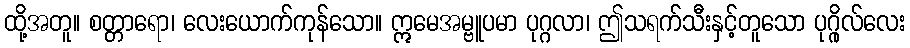
ထို့အတူ။ စတ္တာရော၊ လေးယောက်ကုန်သော။ ဣမေအမ္ဗူပမာ ပုဂ္ဂလာ၊ ဤသရက်သီးနှင့်တူသော ပုဂ္ဂိုလ်လေး